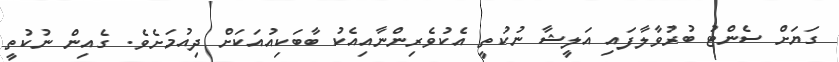
ގަޔަށް ސެންޓު ބުރުވާލާފައި އަލީޝާ ނުކުތީ އެކުވެރިންނާއިއެކު ބާބަކިއުއަކަށް ދިއުމަށެވެ. ގެއިން ނުކުތީ